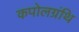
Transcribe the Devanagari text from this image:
कपोलग्रंथि